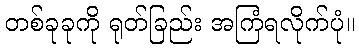
တစ်ခုခုကို ရုတ်ခြည်း အကြံရလိုက်ပုံ။